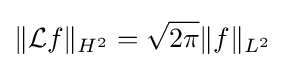
\|{\mathcal {L}}f\|_{H^{2}}={\sqrt {2\pi }}\|f\|_{L^{2}}